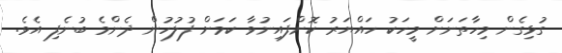
ގުޅިގެން މިހާތަނަށް މީހަކު ހައްޔަރު ކޮށްފައިނުވާ ކަމަށް ފުލުހުން ދެންމެ ބުނެފި އެވެ.